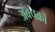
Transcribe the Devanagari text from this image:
अवचक्रों